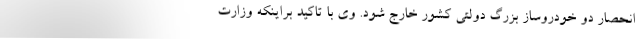
انحصار دو خودروساز بزرگ دولتی کشور خارج شود. وی با تاکید براینکه وزارت